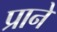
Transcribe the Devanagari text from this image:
प्राने